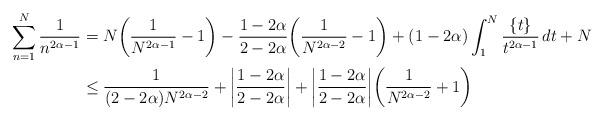
LaTeX: \begin{align*}\sum_{n=1}^N \frac{1}{n^{2\alpha-1}}&=N\bigg(\frac{1}{N^{2\alpha-1}}-1\bigg)-\frac{1-2\alpha}{2-2\alpha}\bigg(\frac{1}{N^{2\alpha-2}}-1\bigg)+(1-2\alpha)\int_1^N\frac{\{t\}}{t^{2\alpha-1}}\,dt+N\\&\le\frac{1}{(2-2\alpha)N^{2\alpha-2}}+\bigg\vert \frac{1-2\alpha}{2-2\alpha}\bigg\vert+\bigg\vert \frac{1-2\alpha}{2-2\alpha}\bigg\vert\bigg(\frac{1}{N^{2\alpha-2}}+1\bigg)\end{align*}